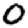
Digit: 0